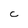
Character: C